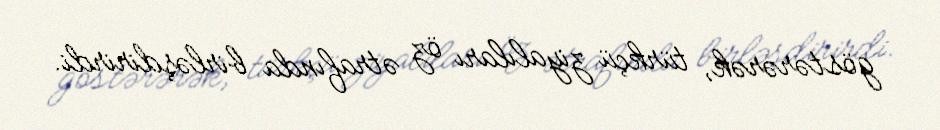
göstərərək, türkçü ziyalıları öz ətrafında birləşdirirdi.